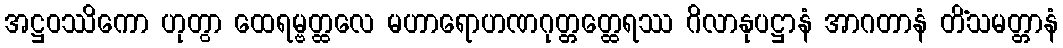
အဋ္ဌဝဿိကော ဟုတွာ ထေရမ္ဗတ္ထလေ မဟာရောဟဏဂုတ္တတ္ထေရဿ ဂိလာနုပဋ္ဌာနံ အာဂတာနံ တိံသမတ္တာနံ